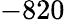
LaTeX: -820